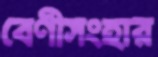
বেণীসংহার